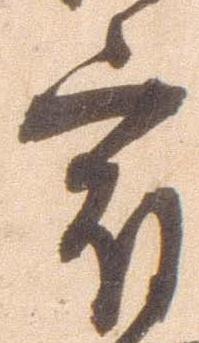
宿